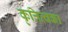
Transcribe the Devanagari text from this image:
कृत्तित्वका